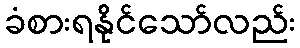
ခံစားရနိုင်သော်လည်း